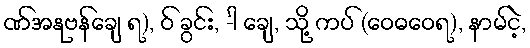
ဏ်အနုဗန်ချေ ရ), ဝ် ခွင်း, -ါ ချေ, သို့ ကပ် (ဝေဓဝေရ), နာမ်ငဲ့,